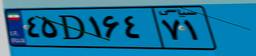
۴۵D۱۶۴۷۱